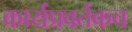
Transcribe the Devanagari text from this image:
कार्यप्रवर्तकच